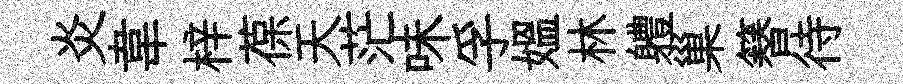
炎韋梓葆天茫味孚媪林軆巢簮待